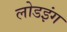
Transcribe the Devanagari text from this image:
लोडइंग